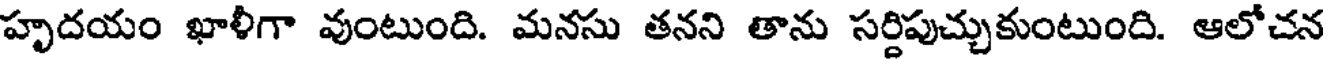
హృదయం ఖాళీగా వుంటుంది. మనసు తనని తాను సర్దిపుచ్చుకుంటుంది. ఆలోచన